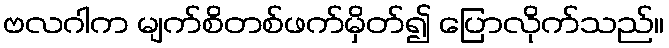
ဗလဂါက မျက်စိတစ်ဖက်မှိတ်၍ ပြောလိုက်သည်။